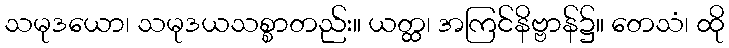
သမုဒယော၊ သမုဒယသစ္စာတည်း။ ယတ္ထ၊ အကြင်နိဗ္ဗာန်၌။ တေသံ၊ ထို